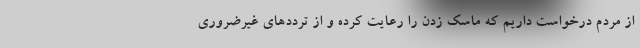
از مردم درخواست داریم که ماسک زدن را رعایت کرده و از ترددهای غیرضروری